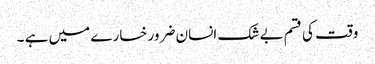
وقت کی قسم بے شک انسان ضرور خسارے میں ہے ۔